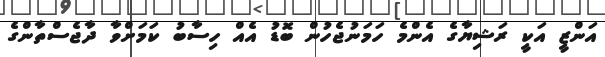
އަންޒީ އަކީ ރަޝިޔާގެ އެންމެ ހަމަނުޖެހުން ބޮޑު އެއް ހިސާބު ކަމަށްވާ ދާޖެސްތާންގެ